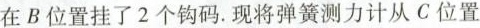
在B位置挂了2个钩码.现将弹簧测力计从C位置